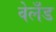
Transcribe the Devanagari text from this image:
वेलँड